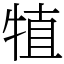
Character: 犆